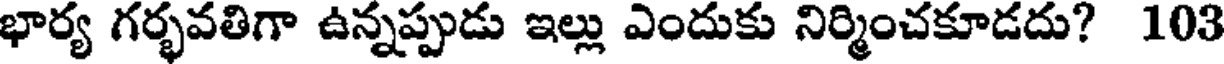
భార్య గర్భవతిగా ఉన్నప్పుడు ఇల్లు ఎందుకు నిర్మించకూడదు? 103